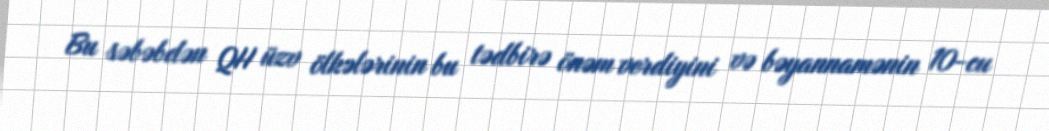
Bu səbəbdən QH üzv ölkələrinin bu tədbirə önəm verdiyini və bəyannamənin 10-cu